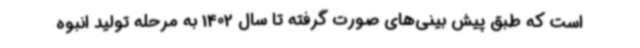
است که طبق پیش بینی‌های صورت گرفته تا سال 1402 به مرحله تولید انبوه